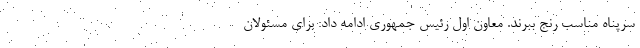
سرپناه مناسب رنج ببرند. معاون اول رئیس جمهوری ادامه داد: برای مسئولان